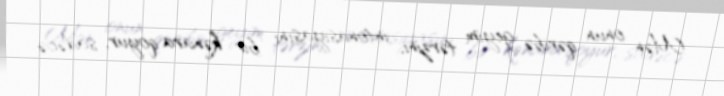
Mən onun qəribə geyim tərzini, intonasiyasını bir kənara qoyur, sadəcə